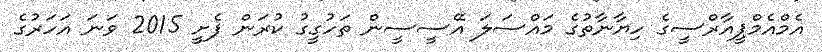
އެމްއެމްޕީއާރްސީގެ ހިޔާނާތުގެ މައްސަލަ އޭސީސީން ތަހުގީގު ކުރަން ފެށީ 2015 ވަނަ އަހަރުގެ